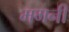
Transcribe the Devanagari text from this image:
मगनी